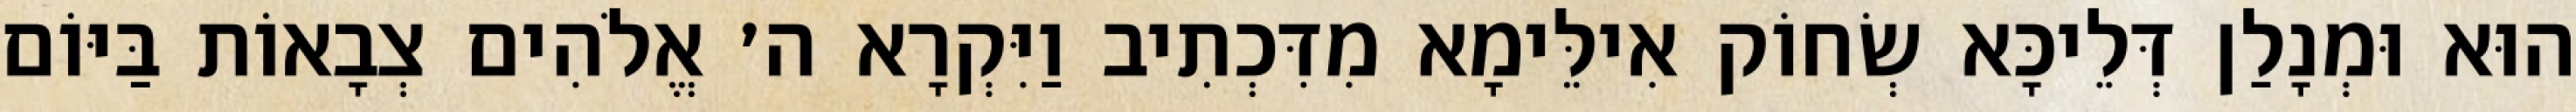
הוּא וּמְנָלַן דְּלֵיכָּא שְׂחוֹק אִילֵּימָא מִדִּכְתִיב וַיִּקְרָא ה׳ אֱלֹהִים צְבָאוֹת בַּיּוֹם